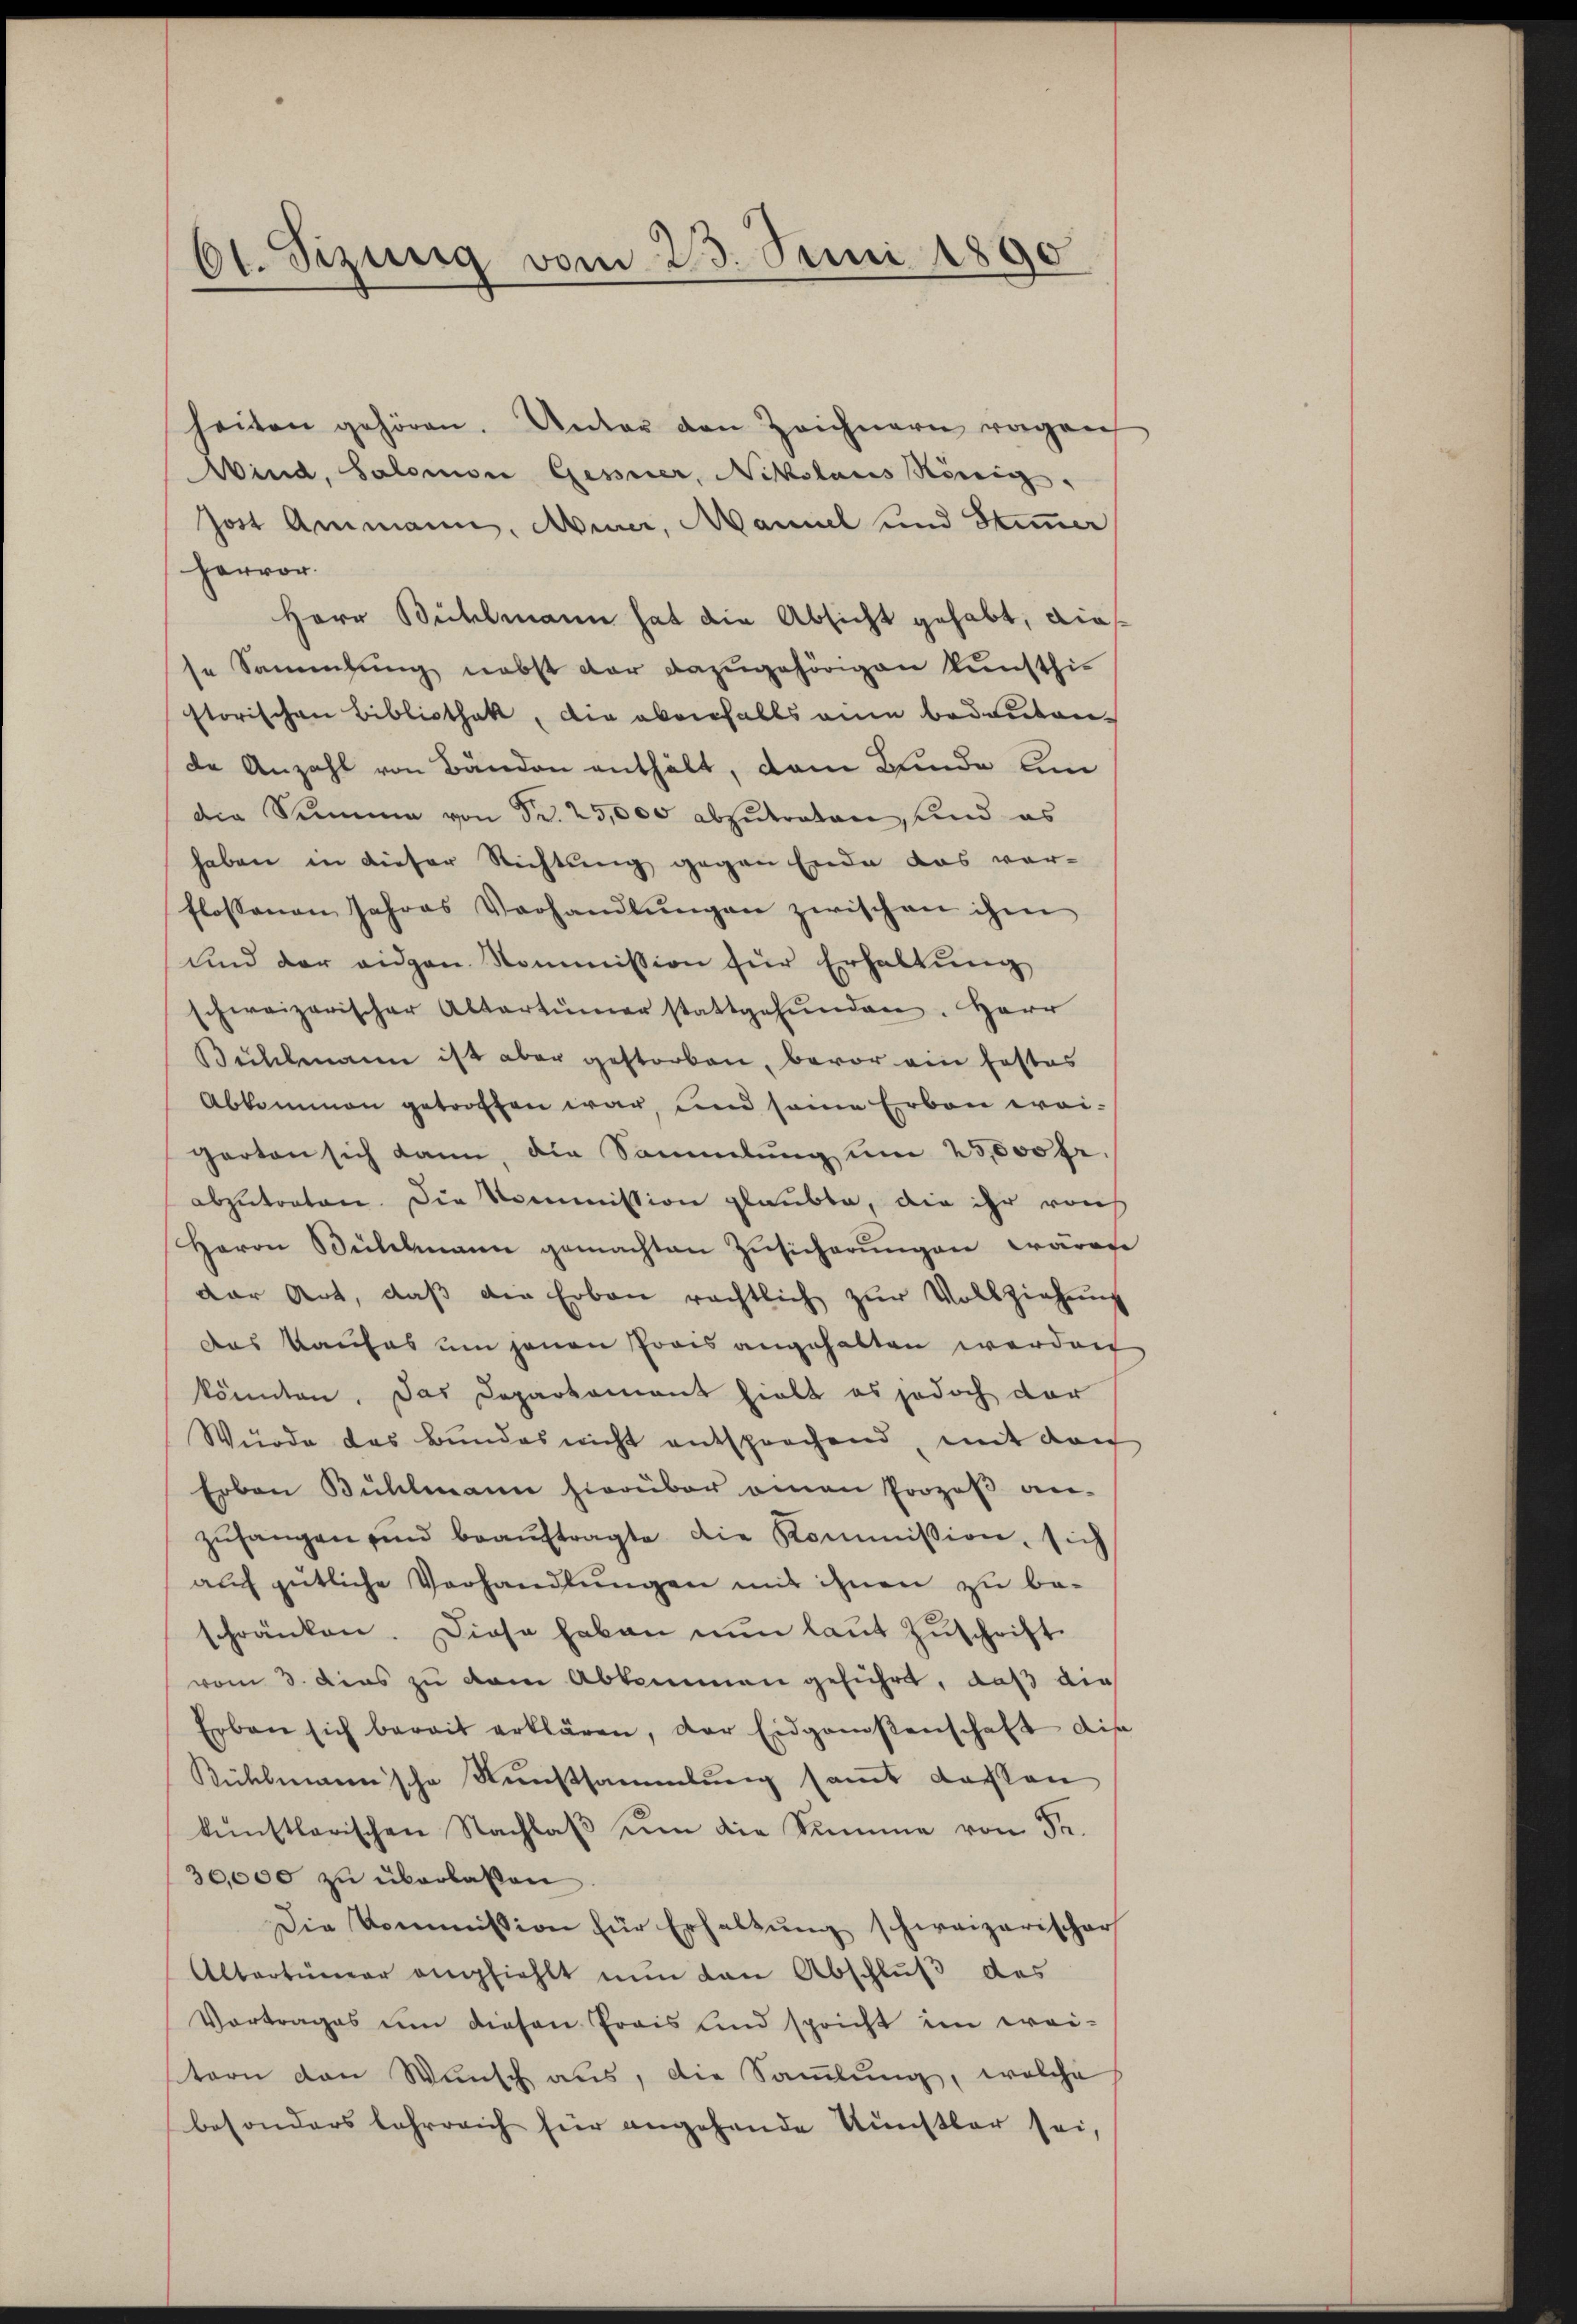
6t. Sizung vom 23. Juni 1890

heiten gehören. Unter den Zeichnern ragen
Wind, Salomon Gessner, Nikolaus König.
Jost Ammann, Miner, Maniel und Stimmer
hervor.
Herr Bühlmann hat die Absicht gehabt, dies
se Sammlung nebst der dazugehörigen kunsthistorischen Bibliothek, die oberhalts an bedeutende Anzahl von Bänden enthält, dem Bunde um
die Summe von Nr. 25,000 abzutreten, und es
haben in dieser Richtung gegen Ende das vor-
flossenen Jahres Verhandlŭngen zwischen ihm
und der eidgen Kommission für Erhaltung
schweizerischer Altertümer stattgefŭnden. Herr
Bühlmann ist aber gestorben, bevor ein festes
Abkommen getroffen war, und seine Erbau wei-
harten sich dann, die Sammlung um 25,000 fr.
abzutreten. Die Kommission glaubte, die ihr von
Herrn Bülchmann gemachten Zŭsicherŭngen wären
der Art, daβ die Erben rächtlich zur Vollziehung
Das Kaufes um jenen Prois angehalten werden
könnten. Das Departament hielt es jedoch dar
Wurde das Bundes nicht entsprochend, mit dei
Erben Bühlmann hierüber omnen Prozeβ an-
zŭfangen und beaŭftragte die Kommission, sich
auf gütliche Vorhandlungen mit ihnen zu be-
schränken. Diese haben nŭn laŭt Zŭschrift.
vom 3. Dies zu dem Abkommen geführt, daß die
Erben sich bereit erklären, der Eidgansenschaft dis
Rühlmann'sche Kunstsammlung samt dassen
künstlerischen Nachlaβ ŭm die Summe von Fr.
30,000 zu überlaßen
Die Kommission für Erhaltŭng schweizerischer
Altertümer empfiehlt nŭn den Abschlŭβ des
Vortrages um diesen Prais sind spricht im wei-
stern den Wunsch aus, die Sammlung, welche
besonders lehrreich für angehende Künstler sei,